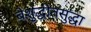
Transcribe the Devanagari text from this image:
बेशुद्धीतसुद्धा